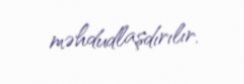
məhdudlaşdırılır.